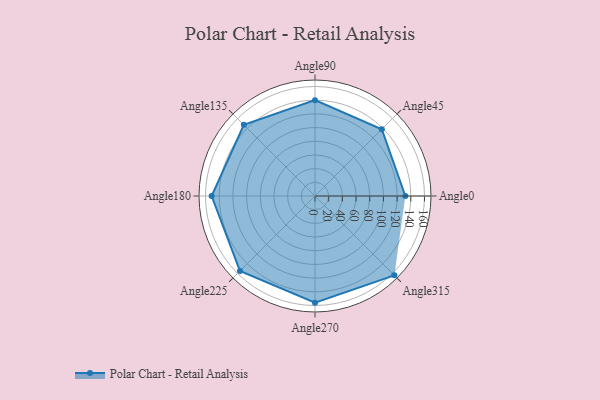
{"axis": {"x": "Angle", "y": "Radius"}, "legend": [""], "data": [{"x": "Angle0", "y": 132.0, "type": ""}, {"x": "Angle45", "y": 138.0, "type": ""}, {"x": "Angle90", "y": 140.0, "type": ""}, {"x": "Angle135", "y": 147.0, "type": ""}, {"x": "Angle180", "y": 151.0, "type": ""}, {"x": "Angle225", "y": 155.0, "type": ""}, {"x": "Angle270", "y": 156.0, "type": ""}, {"x": "Angle315", "y": 164.0, "type": ""}]}